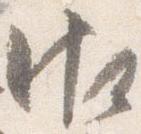
御